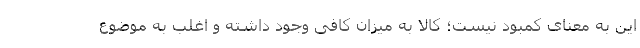
این به معنای کمبود نیست؛ کالا به میزان کافی وجود داشته و اغلب به موضوع